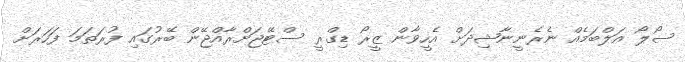
ސޯލޯ އަލްބަމެއް ނެރެނީނާޝިދަށް އެހީވާން ޒީރޯ ޑިގްރީ ސްޓޭޖަށްރާއްޖޭން ބޭރުގައި ފުރަތަމަ ފަހަރަށް